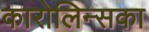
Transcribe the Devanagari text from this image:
कारोलिन्सका